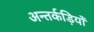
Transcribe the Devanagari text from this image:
अन्तर्कड़ियाँ